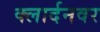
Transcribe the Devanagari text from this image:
क्लार्दनवर